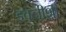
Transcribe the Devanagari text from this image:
इवलीशी